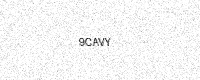
Text: 9CAVY